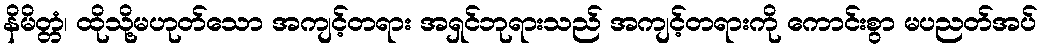
နိမိတ္တံ၊ ထိုသို့မဟုတ်သော အကျင့်တရား အရှင်ဘုရားသည် အကျင့်တရားကို ကောင်းစွာ မပညတ်အပ်